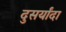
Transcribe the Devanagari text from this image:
दुसर्यांदा